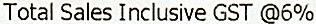
TOTAL SALES INCLUSIVE GST @6%